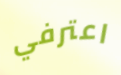
اعترفي